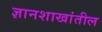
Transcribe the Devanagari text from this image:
ज्ञानशाखांतील